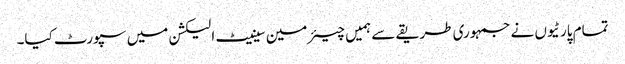
تمام پارٹیوں نے جمہوری طریقے سے ہمیں چیئرمین سینیٹ الیکشن میں سپورٹ کیا۔